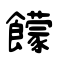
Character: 饛